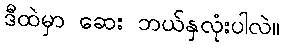
ဒီထဲမှာ ဆေး ဘယ်နှလုံးပါလဲ။